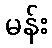
မန်း